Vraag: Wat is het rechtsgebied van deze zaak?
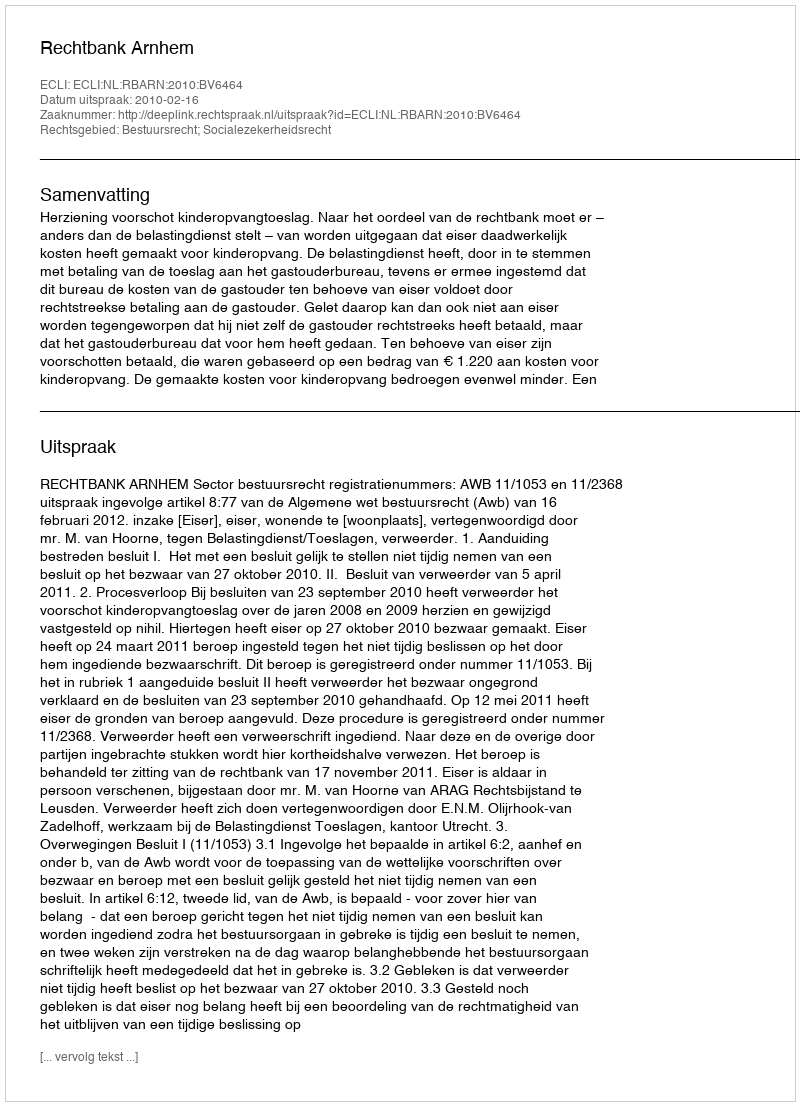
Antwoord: Bestuursrecht; Socialezekerheidsrecht